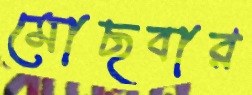
মোছবার